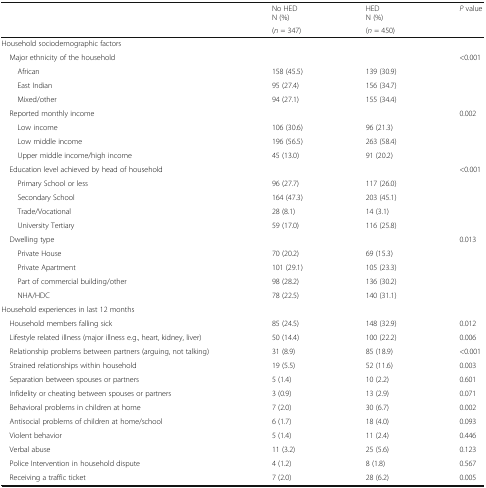
<table><thead><tr><td></td><td><b>No HEDN (%)</b></td><td><b>HEDN (%)</b></td><td rowspan="2"><b><i>P</i> value</b></td></tr><tr><td></td><td><b>(<i>n</i> = 347)</b></td><td><b>(<i>n</i> = 450)</b></td></tr></thead><tbody><tr><td colspan="4">Household sociodemographic factors</td></tr><tr><td colspan="3"> Major ethnicity of the household</td><td>&lt;0.001</td></tr><tr><td>African</td><td>158 (45.5)</td><td>139 (30.9)</td><td></td></tr><tr><td>East Indian</td><td>95 (27.4)</td><td>156 (34.7)</td><td></td></tr><tr><td>Mixed/other</td><td>94 (27.1)</td><td>155 (34.4)</td><td></td></tr><tr><td colspan="3"> Reported monthly income</td><td>0.002</td></tr><tr><td>Low income</td><td>106 (30.6)</td><td>96 (21.3)</td><td></td></tr><tr><td>Low middle income</td><td>196 (56.5)</td><td>263 (58.4)</td><td></td></tr><tr><td>Upper middle income/high income</td><td>45 (13.0)</td><td>91 (20.2)</td><td></td></tr><tr><td colspan="3"> Education level achieved by head of household</td><td>&lt;0.001</td></tr><tr><td>Primary School or less</td><td>96 (27.7)</td><td>117 (26.0)</td><td></td></tr><tr><td>Secondary School</td><td>164 (47.3)</td><td>203 (45.1)</td><td></td></tr><tr><td>Trade/Vocational</td><td>28 (8.1)</td><td>14 (3.1)</td><td></td></tr><tr><td>University Tertiary</td><td>59 (17.0)</td><td>116 (25.8)</td><td></td></tr><tr><td colspan="3"> Dwelling type</td><td>0.013</td></tr><tr><td>Private House</td><td>70 (20.2)</td><td>69 (15.3)</td><td></td></tr><tr><td>Private Apartment</td><td>101 (29.1)</td><td>105 (23.3)</td><td></td></tr><tr><td>Part of commercial building/other</td><td>98 (28.2)</td><td>136 (30.2)</td><td></td></tr><tr><td>NHA/HDC</td><td>78 (22.5)</td><td>140 (31.1)</td><td></td></tr><tr><td colspan="4">Household experiences in last 12 months</td></tr><tr><td> Household members falling sick</td><td>85 (24.5)</td><td>148 (32.9)</td><td>0.012</td></tr><tr><td> Lifestyle related illness (major illness e.g., heart, kidney, liver)</td><td>50 (14.4)</td><td>100 (22.2)</td><td>0.006</td></tr><tr><td> Relationship problems between partners (arguing, not talking)</td><td>31 (8.9)</td><td>85 (18.9)</td><td>&lt;0.001</td></tr><tr><td> Strained relationships within household</td><td>19 (5.5)</td><td>52 (11.6)</td><td>0.003</td></tr><tr><td> Separation between spouses or partners</td><td>5 (1.4)</td><td>10 (2.2)</td><td>0.601</td></tr><tr><td> Infidelity or cheating between spouses or partners</td><td>3 (0.9)</td><td>13 (2.9)</td><td>0.071</td></tr><tr><td> Behavioral problems in children at home</td><td>7 (2.0)</td><td>30 (6.7)</td><td>0.002</td></tr><tr><td> Antisocial problems of children at home/school</td><td>6 (1.7)</td><td>18 (4.0)</td><td>0.093</td></tr><tr><td> Violent behavior</td><td>5 (1.4)</td><td>11 (2.4)</td><td>0.446</td></tr><tr><td> Verbal abuse</td><td>11 (3.2)</td><td>25 (5.6)</td><td>0.123</td></tr><tr><td> Police Intervention in household dispute</td><td>4 (1.2)</td><td>8 (1.8)</td><td>0.567</td></tr><tr><td> Receiving a traffic ticket</td><td>7 (2.0)</td><td>28 (6.2)</td><td>0.005</td></tr></tbody></table>